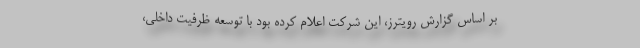
بر اساس گزارش رویترز، این شرکت اعلام کرده بود با توسعه ظرفیت داخلی،